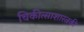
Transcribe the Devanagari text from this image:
चिकीत्साशास्त्रकी